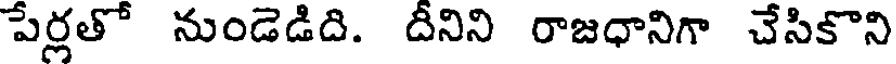
పేర్లతో నుండెడిది. దీనిని రాజధానిగా చేసికొని